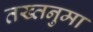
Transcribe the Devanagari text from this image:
तख्तनुमा